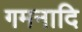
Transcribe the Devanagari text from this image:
गमनादि